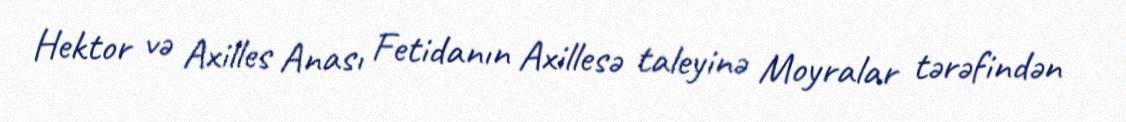
Hektor və Axilles Anası Fetidanın Axillesə taleyinə Moyralar tərəfindən